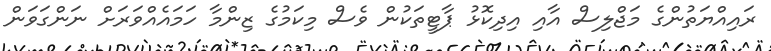
ރައިއްޔަތުންގެ މަޖްލިސް އާއި އިދިކޮޅު ޕާޓީތަކުން ވެސް މިކަމުގެ ޒިންމާ ހަމައެއްވަރަށް ނަންގަވަން